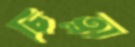
চিত্লা